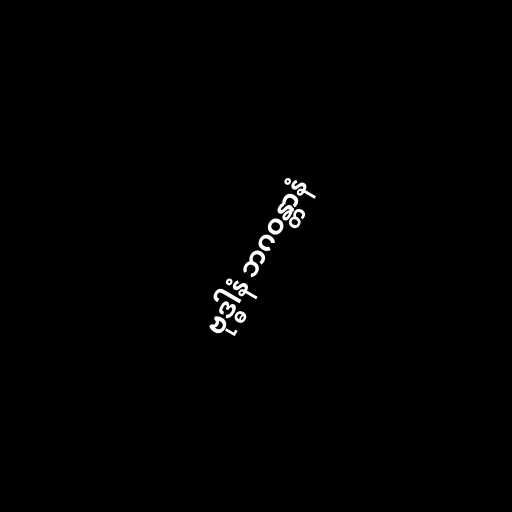
ဗုဒ္ဓါနံ ဘဂဝန္တာနံ